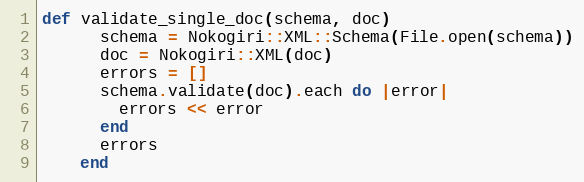
Language: Ruby
def validate_single_doc(schema, doc)
      schema = Nokogiri::XML::Schema(File.open(schema))
      doc = Nokogiri::XML(doc)
      errors = []
      schema.validate(doc).each do |error|
        errors << error
      end
      errors
    end